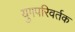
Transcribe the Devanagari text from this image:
युगपरिवर्तक